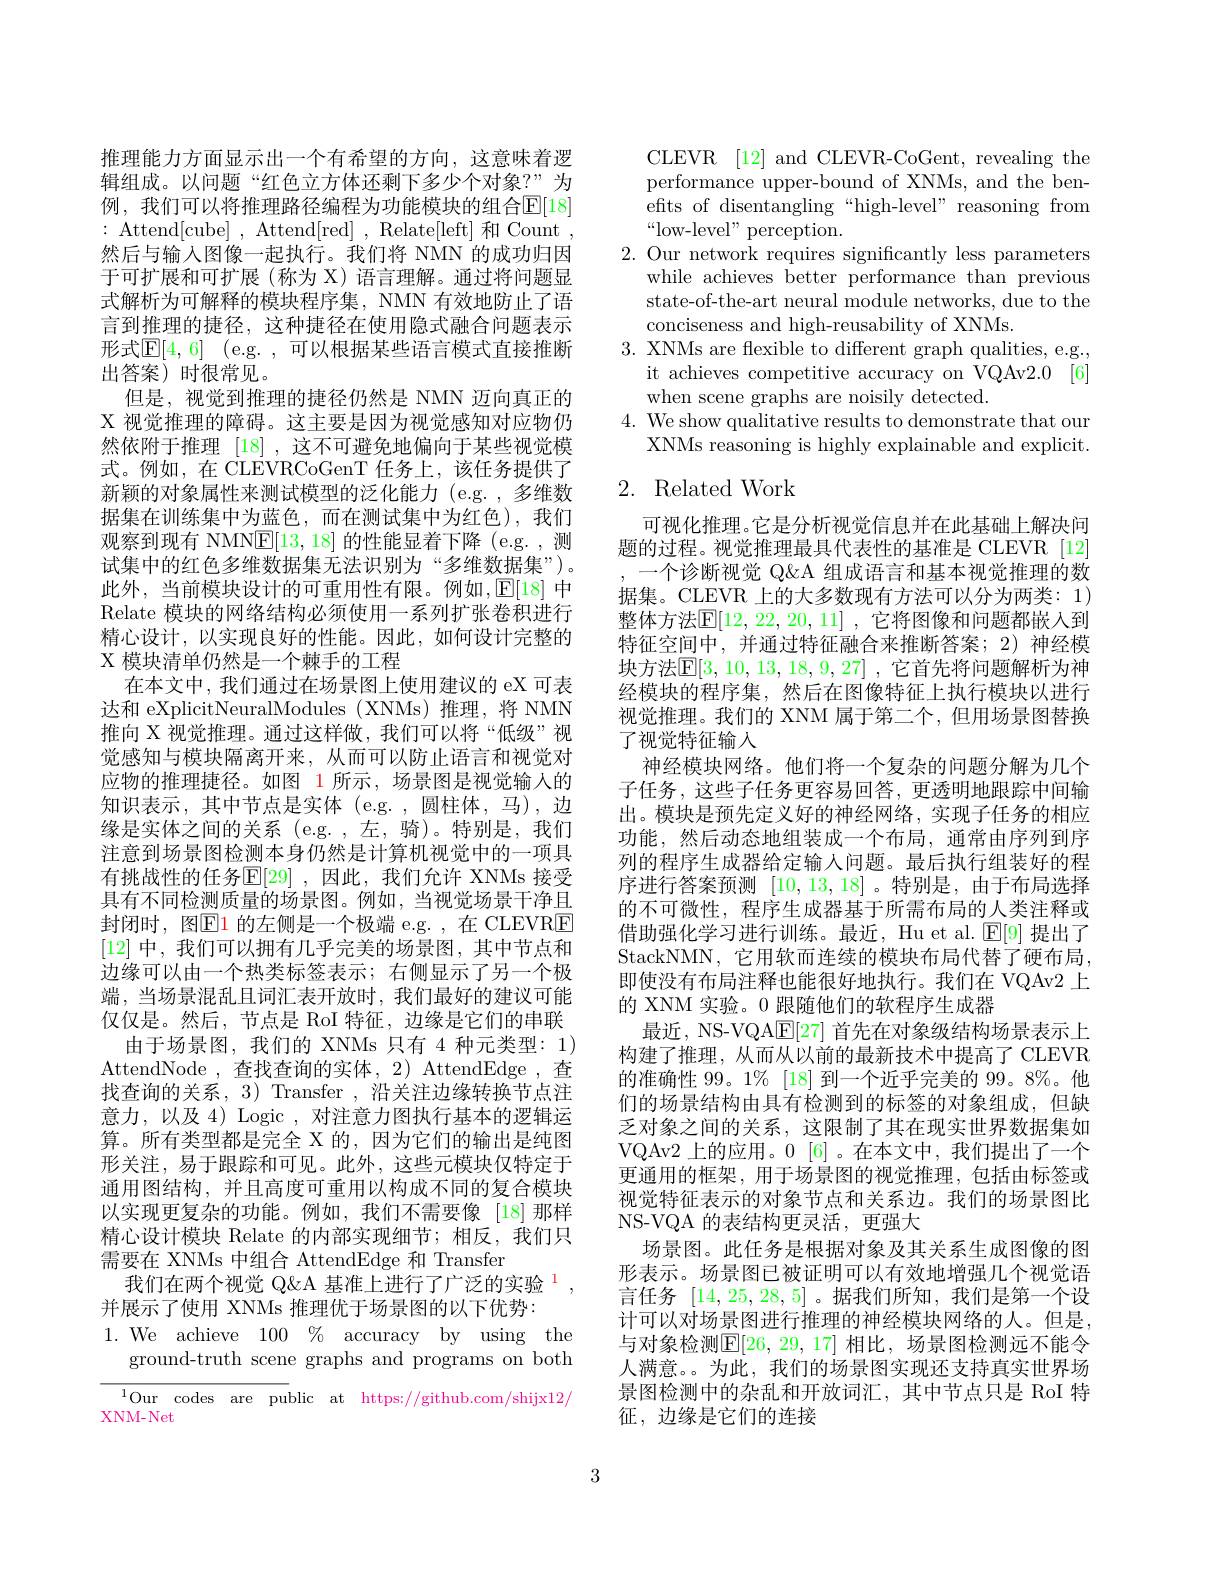
推理能力方面显示出一个有希望的方向，这意味着逻辑组成。以问题“红色立方体还剩下多少个对象？”为例，我们可以将推理路径编程为功能模块的组合$\mathbb{E}[18]$ :Attend[cube],Attend[red],Relate[left]和Count， 然后与输入图像一起执行。我们将 NMN 的成功归因于可扩展和可扩展(称为 X) 语言理解。通过将问题显式解析为可解释的模块程序集，NMN 有效地防止了语言到推理的捷径，这种捷径在使用隐式融合问题表示形式$\mathbb{E} [ 4, 6]$ (e.g. ,可以根据某些语言模式直接推断出答案)时很常见。
但是，视觉到推理的捷径仍然是 NMN 迈向真正的X 视觉推理的障碍。这主要是因为视觉感知对应物仍然依附于推理[18] ,这不可避免地偏向于某些视觉模式。例如，在 CLEVRCoGenT 任务上，该任务提供了新颖的对象属性来测试模型的泛化能力(e.g.,多维数据集在训练集中为蓝色，而在测试集中为红色),我们观察到现有 NMN$\underline{\mathrm{E}}[13,18]$的性能显着下降 (e.g. ,测试集中的红色多维数据集无法识别为“多维数据集”)。此外，当前模块设计的可重用性有限。例如$,\mathbb{E}[18]$ 中Relate 模块的网络结构必须使用一系列扩张卷积进行精心设计，以实现良好的性能。因此，如何设计完整的X 模块清单仍然是一个棘手的工程
在本文中，我们通过在场景图上使用建议的 eX 可表达和 eXplicitNeuralModules (XNMs)推理，将 NMN 推向 X 视觉推理。通过这样做，我们可以将“低级”视觉感知与模块隔离开来，从而可以防止语言和视觉对应物的推理捷径。如图 1 所示，场景图是视觉输人的知识表示，其中节点是实体(e.g.,圆柱体，马),边缘是实体之间的关系 (e.g. ,左，骑)。特别是，我们注意到场景图检测本身仍然是计算机视觉中的一项具有挑战性的任务$\mathbb{E}[29]$ ,因此，我们允许 XNMs 接受具有不同检测质量的场景图。例如，当视觉场景干净且封闭时，图$\mathbb{E}$1的左侧是一个极端 e.g.,在 CLEVRE [12]中，我们可以拥有几乎完美的场景图，其中节点和边缘可以由一个热类标签表示；右侧显示了另一个极端，当场景混乱且词汇表开放时，我们最好的建议可能仅仅是。然后，节点是 RoI 特征，边缘是它们的串联
由于场景图，我们的 XNMs 只有 4 种元类型：1) AttendNode , 查找查询的实体，2) AttendEdge , 查找查询的关系，3) Transfer , 沿关注边缘转换节点注意力，以及 4) Logic , 对注意力图执行基本的逻辑运算。所有类型都是完全 X 的，因为它们的输出是纯图形关注，易于跟踪和可见。此外，这些元模块仅特定于通用图结构，并且高度可重用以构成不同的复合模块以实现更复杂的功能。例如，我们不需要像[18]那样精心设计模块 Relate 的内部实现细节；相反，我们只需要在 XNMs 中组合 AttendEdge 和 Transfer
我们在两个视觉 Q&A 基准上进行了广泛的实验$^{1}$
并展示了使用 XNMs 推理优于场景图的以下优势：
$1. {\mathrm{We}}$ achieve $100\%$ accuracy by using the
ground-truth scene graphs and programs on both

$^{1}$Our codes are public at https: / / github. com/ shijx12/

XNM-Net

CLEVR [12] and CLEVR-CoGent, revealing the performance upper-bound of XNMs, and the benefits of disentangling“high-level”reasoning from “low-level" perception.
2. Our network requires significantly less parameters
while achieves better performance than previous state-of-the-art neural module networks, due to the conciseness and high-reusability of XNMs.
3. XNMs are flexible to different graph qualities, e.g.,
it achieves competitive accuracy on VQAv2.0[6]
when scene graphs are noisily detected.
4. We show qualitative results to demonstrate that our
XNMs reasoning is highly explainable and explicit.

## 2. Related Work

可视化推理。它是分析视觉信息并在此基础上解决问题的过程。视觉推理最具代表性的基准是 CLEVR [12] 一个诊断视觉 Q&A 组成语言和基本视觉推理的数据集。CLEVR 上的大多数现有方法可以分为两类：1) 整体方法$\mathbb{E}[12,22,20,11]$ ,它将图像和问题都嵌人到特征空间中，并通过特征融合来推断答案；2)神经模块方法$\mathbb{E}[3,10,13,18,9,27]$ ,它首先将问题解析为神经模块的程序集，然后在图像特征上执行模块以进行视觉推理。我们的 XNM 属于第二个，但用场景图替换了视觉特征输入
神经模块网络。他们将一个复杂的问题分解为几个子任务，这些子任务更容易回答，更透明地跟踪中间输出。模块是预先定义好的神经网络，实现子任务的相应功能，然后动态地组装成一个布局，通常由序列到序列的程序生成器给定输入问题。最后执行组装好的程序进行答案预测[10,13,18] 。特别是，由于布局选择的不可微性，程序生成器基于所需布局的人类注释或借助强化学习进行训练。最近，Hu et al. $\mathbb{E}[9]$提出了StackNMN, 它用软而连续的模块布局代替了硬布局， 即使没有布局注释也能很好地执行。我们在 VQAv2 上的 XNM 实验。0 跟随他们的软程序生成器
最近，NS-VQA$\underline{\mathrm{E}}[27]$首先在对象级结构场景表示上构建了推理，从而从以前的最新技术中提高了 CLEVR 的准确性 99。1%[18]到一个近乎完美的 99。8%。他们的场景结构由具有检测到的标签的对象组成，但缺乏对象之间的关系，这限制了其在现实世界数据集如VQAv2 上的应用。0 [6] 。在本文中，我们提出了一个更通用的框架，用于场景图的视觉推理，包括由标签或视觉特征表示的对象节点和关系边。我们的场景图比NS-VQA 的表结构更灵活，更强大
场景图。此任务是根据对象及其关系生成图像的图形表示。场景图已被证明可以有效地增强几个视觉语言任务[14,25,28,5] 。据我们所知，我们是第一个设计可以对场景图进行推理的神经模块网络的人。但是， 与对象检测$\mathbb{E}[26,29,17]$ 相比，场景图检测远不能令人满意。。为此，我们的场景图实现还支持真实世界场景图检测中的杂乱和开放词汇，其中节点只是 RoI 特征，边缘是它们的连接

3